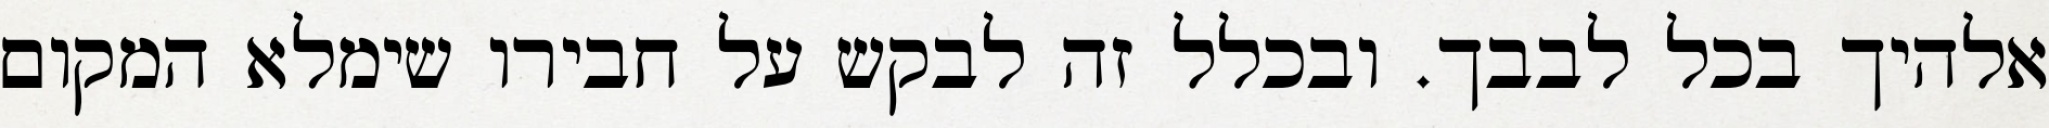
אלהיך בכל לבבך. ובכלל זה לבקש על חבירו שימלא המקום